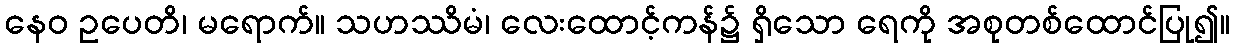
နေဝ ဥပေတိ၊ မရောက်။ သဟဿိမံ၊ လေးထောင့်ကန်၌ ရှိသော ရေကို အစုတစ်ထောင်ပြု၍။